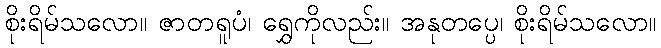
စိုးရိမ်သလော။ ဇာတရူပံ၊ ရွှေကိုလည်း။ အနုတပ္ပေ၊ စိုးရိမ်သလော။